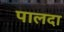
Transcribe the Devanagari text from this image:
पालदा